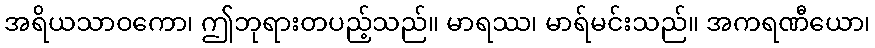
အရိယသာဝကော၊ ဤဘုရားတပည့်သည်။ မာရဿ၊ မာရ်မင်းသည်။ အကရဏီယော၊